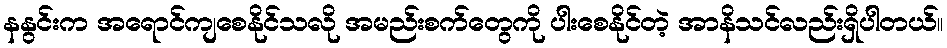
နနွင်းက အရောင်ကျစေနိုင်သလို အမည်းစက်တွေကို ပါးစေနိုင်တဲ့ အာနိသင်လည်းရှိပါတယ်။